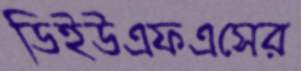
ডিইউএফএসের